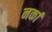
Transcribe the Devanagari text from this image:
नर्का